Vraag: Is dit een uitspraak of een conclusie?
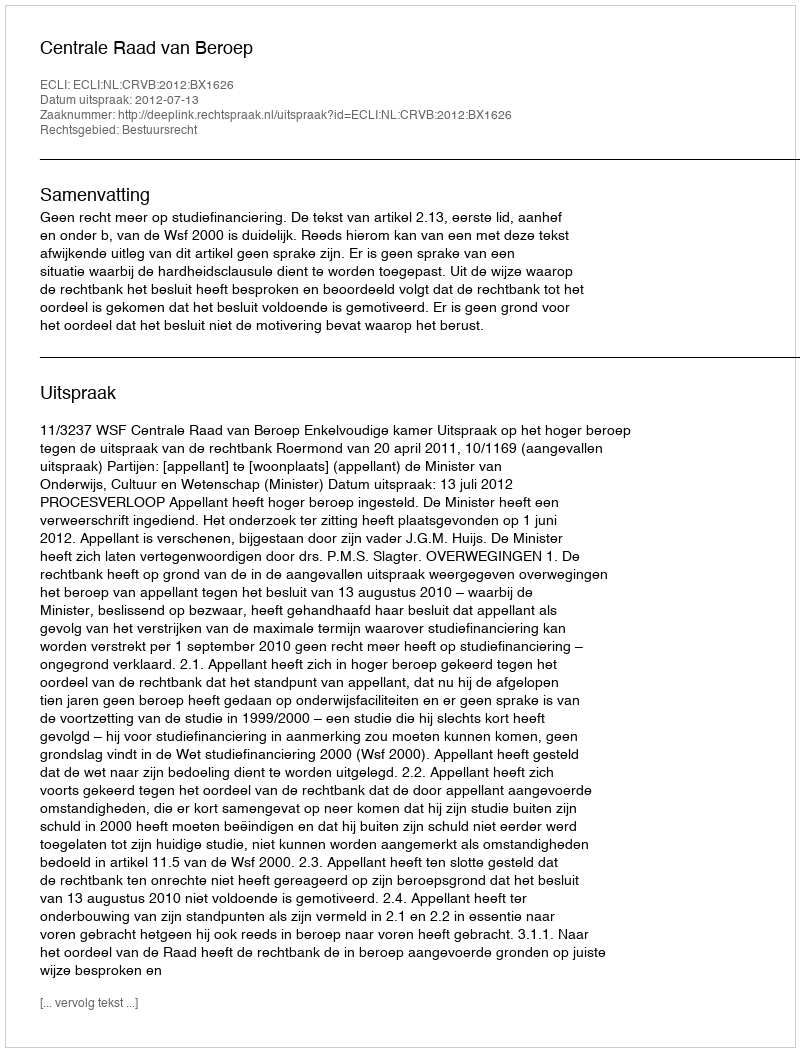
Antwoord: Uitspraak